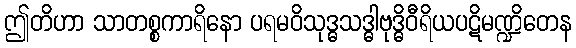
ဤတိဟာ သာတစ္စကာရိနော ပရမဝိသုဒ္ဓသဒ္ဓါဗုဒ္ဓိဝီရိယပဋိမဏ္ဍိတေန